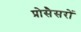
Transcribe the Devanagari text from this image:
प्रोसैसरों